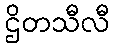
ဌိတသီလီ